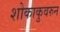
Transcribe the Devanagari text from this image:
शोकाकुवरुन